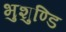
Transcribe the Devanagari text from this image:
भुशुण्डि